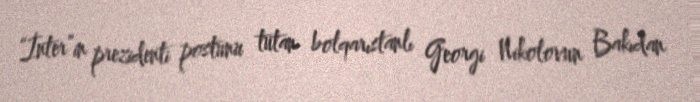
“İnter”in prezidenti postunu tutan bolqarıstanlı Georgi Nikolovun Bakıdan